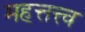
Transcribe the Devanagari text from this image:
महत्तत्त्व